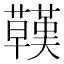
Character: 𧄊